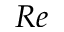
R e